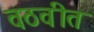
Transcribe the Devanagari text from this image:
वठवीत